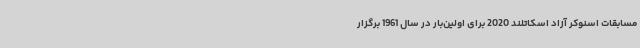
مسابقات اسنوکر آزاد اسکاتلند 2020 برای اولین‌بار در سال 1961 برگزار